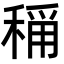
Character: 𬓴